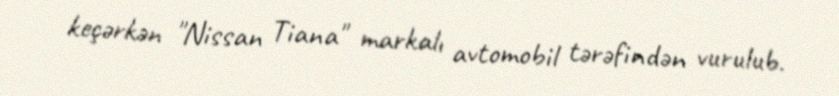
keçərkən "Nissan Tiana" markalı avtomobil tərəfindən vurulub.